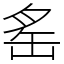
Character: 䍃